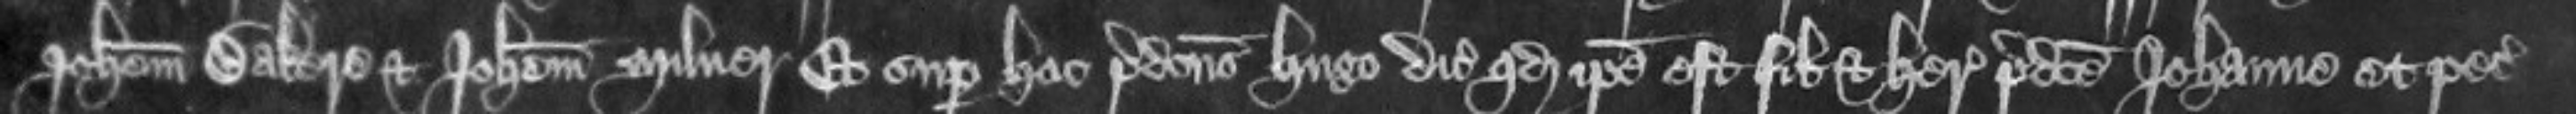
Johannem Bakere et Johannem Milner Et super hoc predictus Hugo dicit quod ipse est filius et heres predicte Johanne et petit